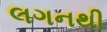
લગનથી